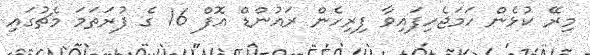
މިރޭ ކުޅެން ހަމަޖެހިފައިވާ ފިރިހެން ރައުންޑް އޮފް 16 ގެ ފުރަތަމަ މެޗުގައި